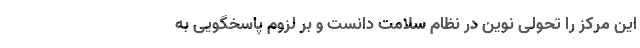
این مرکز را تحولی نوین در نظام سلامت دانست و بر لزوم پاسخگویی به